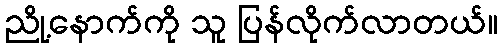
ညို့နောက်ကို သူ ပြန်လိုက်လာတယ်။